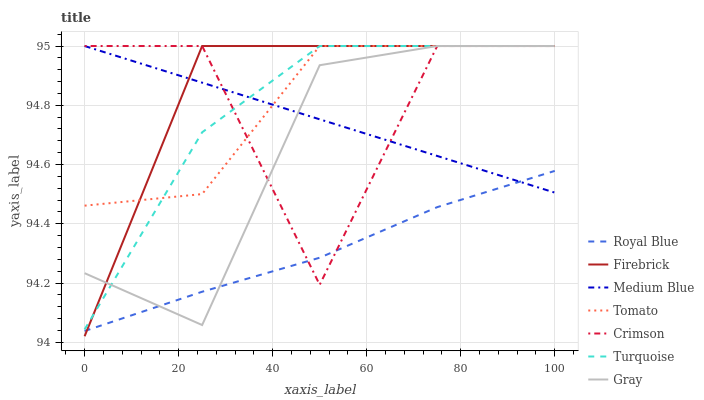
| xaxis_label | Royal Blue | Firebrick | Medium Blue | Tomato | Crimson | Turquoise | Gray |
 | --- | --- | --- | --- | --- | --- | --- | --- |
 | 0 | 94 | 94 | 95 | 94.5 | 95 | 94 | 94.2 |
 | 25 | 94.2 | 95 | 94.9 | 94.5 | 95 | 94.7 | 94.1 |
 | 50 | 94.3 | 95 | 94.8 | 95 | 94.2 | 95 | 94.9 |
 | 75 | 94.5 | 95 | 94.6 | 95 | 95 | 95 | 95 |
 | 100 | 94.6 | 95 | 94.5 | 95 | 95 | 95 | 95 |